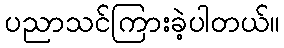
ပညာသင်ကြားခဲ့ပါတယ်။